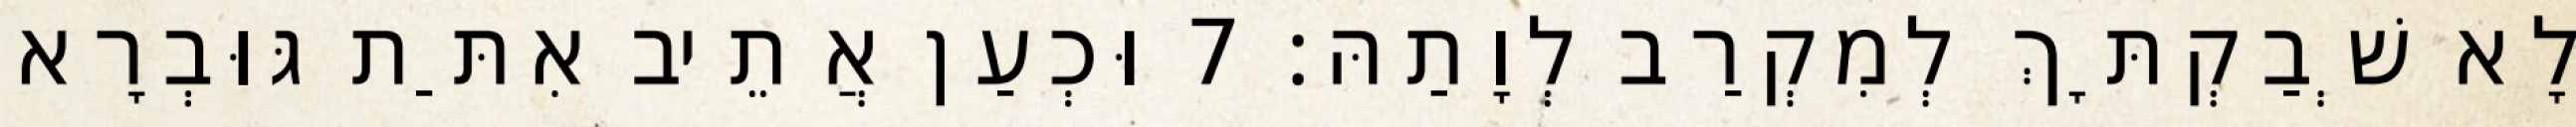
לָא שְׁבַקְתָּךְ לְמִקְרַב לְוָתַהּ׃ 7 וּכְעַן אֲתֵיב אִתַּת גּוּבְרָא